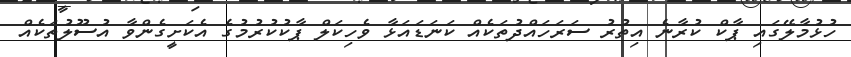
ހުޅުމާލޭގައި ޕާކް ކުރާނެ އިތުރު ސަރަހައްދުތަކެއް ކަނަޑައަޅާ ވެހިކަލް ޕާކުކުރުމުގެ އެކަށީގެންވާ އުސޫލުތަކެއް